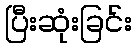
ပြီးဆုံးခြင်း